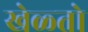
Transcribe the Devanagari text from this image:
खेळ्तो